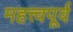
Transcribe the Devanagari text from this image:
महत्त्वपूर्व